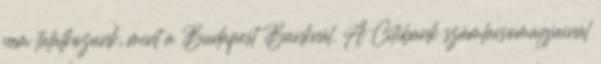
nem találkozunk, mint a Budapest Banknál. A Citibank számlacsomagjainál